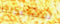
لمساعدتنا